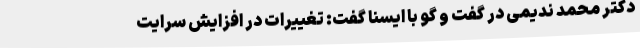
دکتر محمد ندیمی در گفت و گو با ایسنا گفت: تغییرات در افزایش سرایت